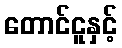
တောင်ငူနှင့်